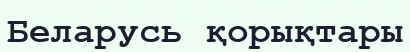
Беларусь қорықтары